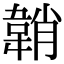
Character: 韒